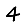
Digit: 4